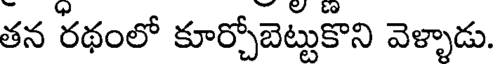
తన రథంలో కూర్చోబెట్టుకొని వెళ్ళాడు.